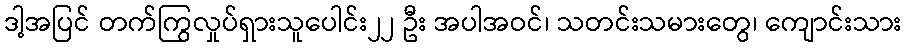
ဒါ့အပြင် တက်ကြွလှုပ်ရှားသူပေါင်း၂၂ ဦး အပါအဝင်၊ သတင်းသမားတွေ၊ ကျောင်းသား